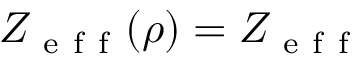
Z _ { \mathrm { ~ e ~ f ~ f ~ } } ( \rho ) = Z _ { \mathrm { ~ e ~ f ~ f ~ } }